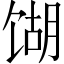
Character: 𫗫